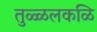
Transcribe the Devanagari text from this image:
तुळ्ळलकळि